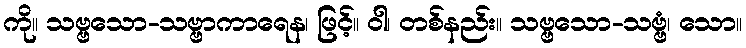
ကို။ သဗ္ဗသော-သဗ္ဗာကာရေန၊ ဖြင့်။ ဝါ၊ တစ်နည်း။ သဗ္ဗသော-သဗ္ဗံ၊ သော။